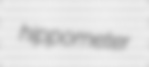
hippometer